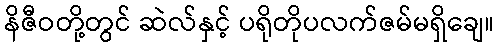
နိဇီဝတို့တွင် ဆဲလ်နှင့် ပရိုတိုပလက်ဇမ်မရှိချေ။